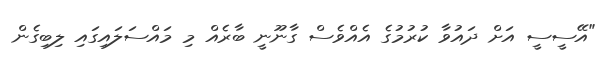
"އޭސީސީ އަށް ދައުވާ ކުރުމުގެ އެއްވެސް ގާނޫނީ ބާރެއް މި މައްސަލައިގައި ލިބިގެން